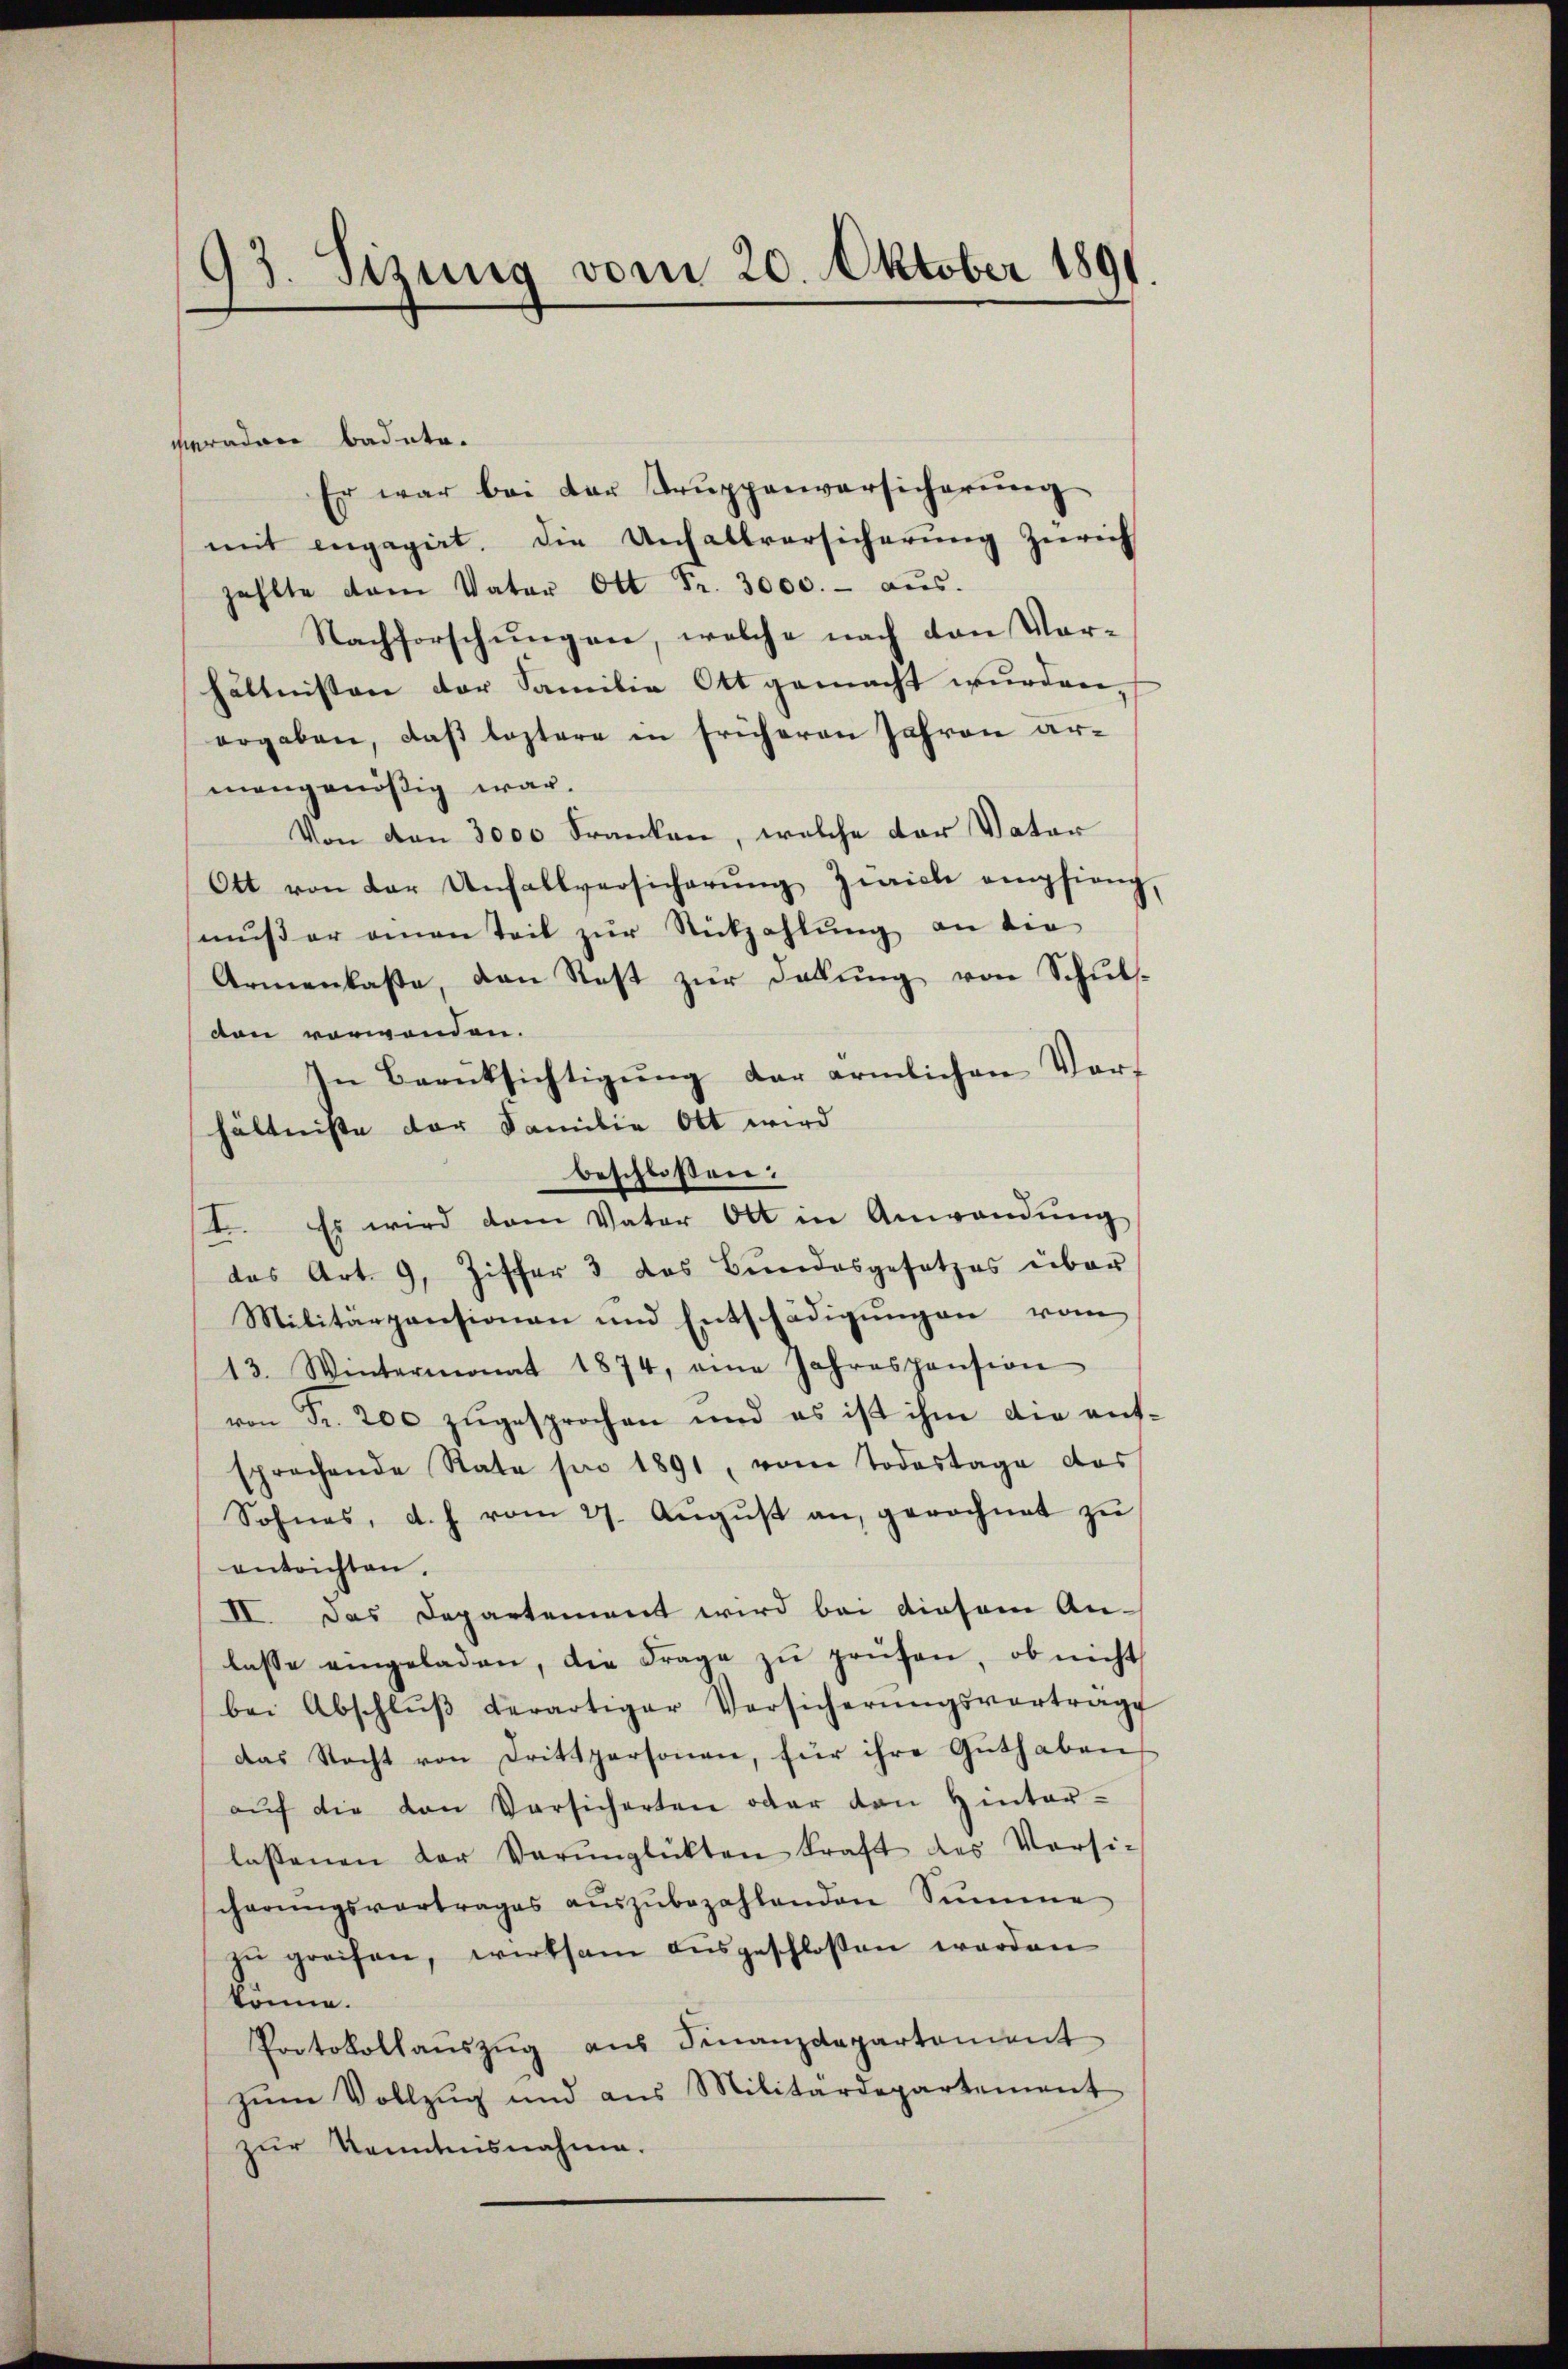
93. Sizung vom 20. Oktober 1891

meraden badete.
Er war bei der Truppenversicherung
mit engagirt, die Unfallversicherung Zürich
zählte dem Vater Ott Fr. 3000.- aŭs.
Nachforschungen, welche nach den Vorhältnissen der Familie Ott gemacht wurden,
ergaben, daß leztere in früheren Jahren armangenößig war.
Von den 3000 Franken, welche der Vater
Ott von der Unfallversicherŭng Zwicke empfieng,
mŭs er einen Teil zŭr Rückzahlung an die
Armenkaste, den Rest zur Deckung von Schulsdon verwenden.
In Berüksichtigŭng der ärmlichen Vor-
hältnisse der Familie Ott wird
beschloßen:
t. Es wird dem Vater Ott in Anwendŭng
das Art. 9, Ziffer 3 das Bundesgesetzes über
Militärpensionen und Entschädigungen vom
13. Wintermonat 1874, eine Jahrespension
von Fr. 200 zugesprochen und es ist ihm die aufsprechende Rate pro 1891, vom Todestage das
Sohnes, d. h. vom 27. Aŭgŭst an, gerechnet zŭ
entrichten.
II. Das Departement wird bei diesem An-
lasse eingeladen, die Frage zŭ prüfen, ob nicht
bei Abschlŭβ derartiger Versicherŭngsvertrag
das Recht von Drittpersonen, für ihre Guthaben
aŭf die von Vorsicherten oder den Hinter-
lassenen der Verŭnglükten Kraft des Versi-
cherŭngsvortrages aŭszŭbezahlenden Summe
zŭ greifen, wirksam aŭsgeschlossen worden
könne.
Protokollaŭszŭg aŭs Finanzdepartement
zŭm Vollzŭg und aus Militärdepartement
zur Kenntnisnahme.